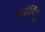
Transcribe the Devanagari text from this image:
स्पर्शबिंदु